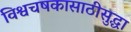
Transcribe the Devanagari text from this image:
विश्वचषकासाठीसुद्धा